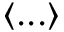
\langle . . . \rangle